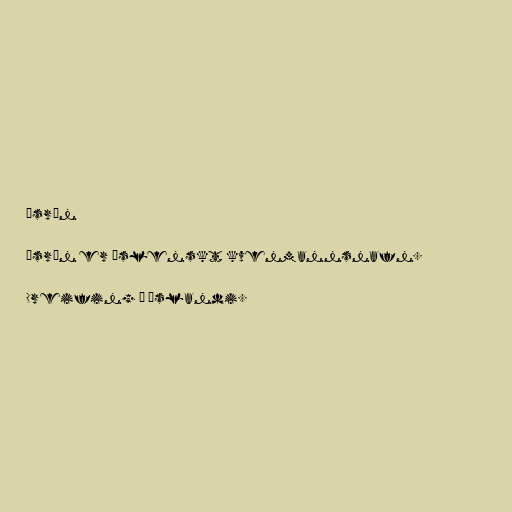
Ísrún

Ísrún er íslenskt kvenmannsnafn.

Dreifing á Íslandi.